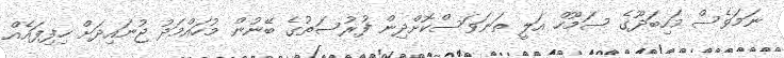
ނަމަވެސް މަހިބަދޫގެ ސަމޫހް އަލީ ތަނަވަސްކޮށްދިން ފުރުސަތުގެ ބޭނުން މުހައްމަދު ޖުނައިދަށް ހިފިފައެއް